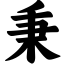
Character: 秉